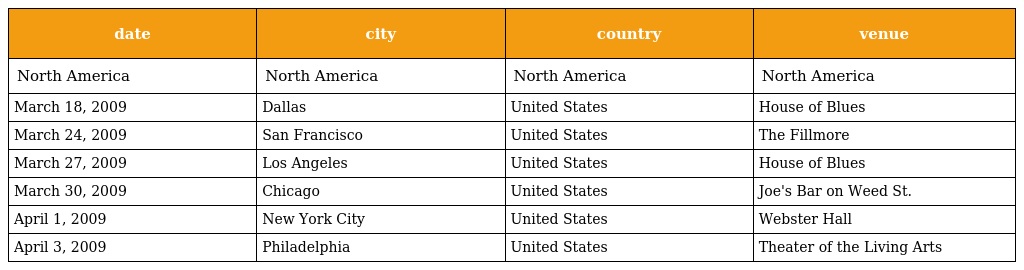
| date | city | country | venue |
 | --- | --- | --- | --- |
 | North America | North America | North America | North America |
 | March 18, 2009 | Dallas | United States | House of Blues |
 | March 24, 2009 | San Francisco | United States | The Fillmore |
 | March 27, 2009 | Los Angeles | United States | House of Blues |
 | March 30, 2009 | Chicago | United States | Joe's Bar on Weed St. |
 | April 1, 2009 | New York City | United States | Webster Hall |
 | April 3, 2009 | Philadelphia | United States | Theater of the Living Arts |